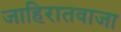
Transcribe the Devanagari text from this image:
जाहिरातवाजा